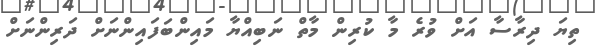
ތިޔަ ދިރާސާ އަށް ވުރެ މާ ކުރިން މާތް ނަބިއްޔާ މައިންބަފައިންނަށް ދަރިންނަށް